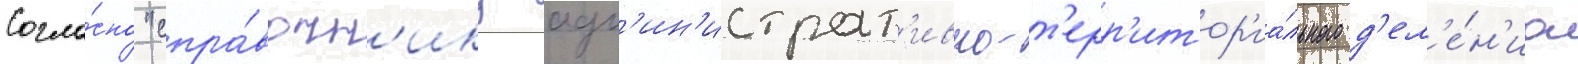
Согла́сно "спра́вочн'ику адм'ин'истрат'ивно-т'ерр'итор'иа́льного д'ел'е́н'иа